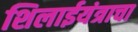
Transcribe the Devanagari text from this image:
शिलाईयंत्राचा